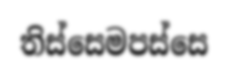
තිස්සෙමපස්සෙ